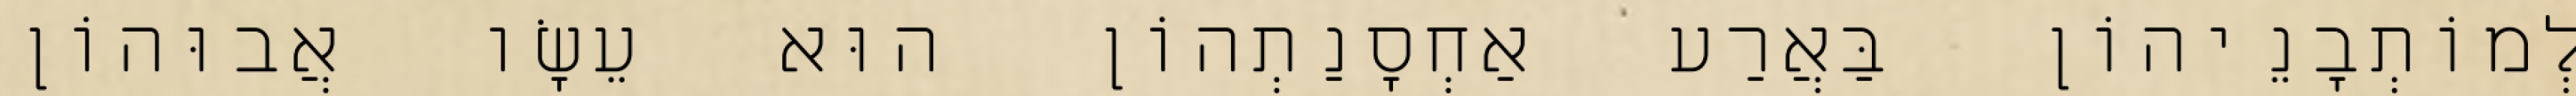
לְמוֹתְבָנֵיהוֹן בַּאֲרַע אַחְסָנַתְהוֹן הוּא עֵשָׂו אֲבוּהוֹן